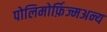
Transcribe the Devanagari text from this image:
पोलिमोर्फ़िज्मअन्य